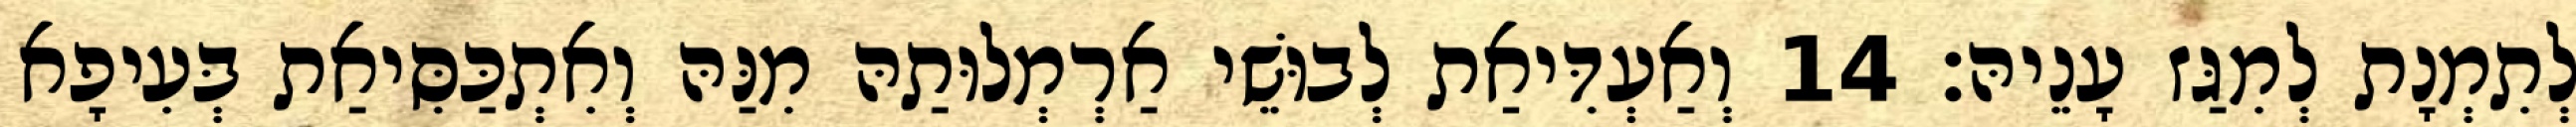
לְתִמְנָת לְמִגַּז עָנֵיהּ׃ 14 וְאַעְדִּיאַת לְבוּשֵׁי אַרְמְלוּתַהּ מִנַּהּ וְאִתְכַּסִּיאַת בְּעִיפָא